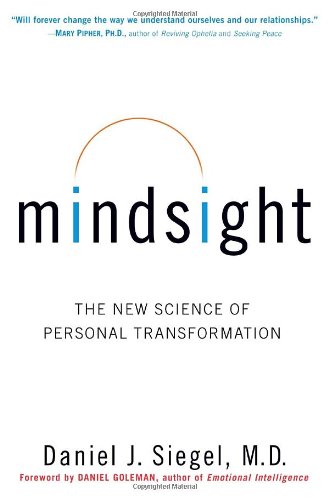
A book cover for Mindsight: The New Science of Personal Transformation; Daniel J. Siegel; Health, Fitness & Dieting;